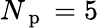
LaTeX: N_{\mathrm{~p~}}=5